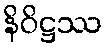
နိဝိဋ္ဌဿ